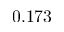
0 . 1 7 3